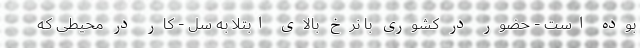
بوده است - حضور در کشوری با نرخ بالای ابتلا به سل - کار در محیطی که